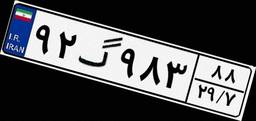
۹۲گ۹۸۳۸۸